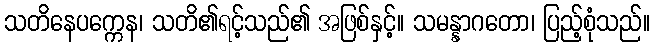
သတိနေပက္ကေန၊ သတိ၏ရင့်သည်၏ အဖြစ်နှင့်။ သမန္နာဂတော၊ ပြည့်စုံသည်။